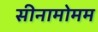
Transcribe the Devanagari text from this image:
सीनामोमम